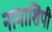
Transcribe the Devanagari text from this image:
नामाशिंपी